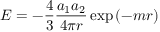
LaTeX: E = - { \frac { 4 } { 3 } } { \frac { a _ { 1 } a _ { 2 } } { 4 \pi r } } \exp \left( - m r \right)